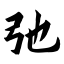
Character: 弛